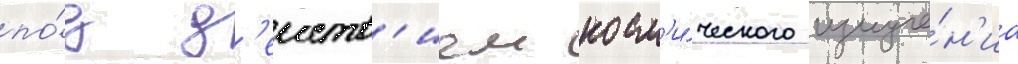
по́д д'еиств'ием косм'и́ческого излуче́н'иа